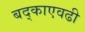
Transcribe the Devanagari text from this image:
बद्काएवढी